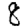
Digit: 8